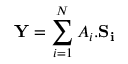
\mathbf { Y } = \sum _ { i = 1 } ^ { N } A _ { i } . \mathbf { S _ { i } }